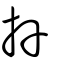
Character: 卉